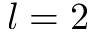
l = 2